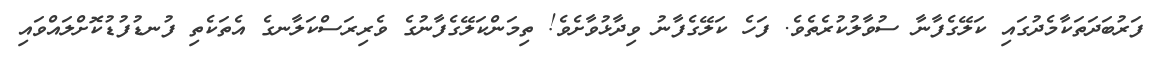
ފަރުބަދަތަކާމެދުގައި ކަލޭގެފާނާ ސުވާލުކުރެތެވެ. ފަހެ ކަލޭގެފާނު ވިދާޅުވާށެވެ! ތިމަންކަލޭގެފާނުގެ ވެރިރަސްކަލާނގެ އެތަކެތި ފުނޑުފުޑުކޮށްލައްވައި